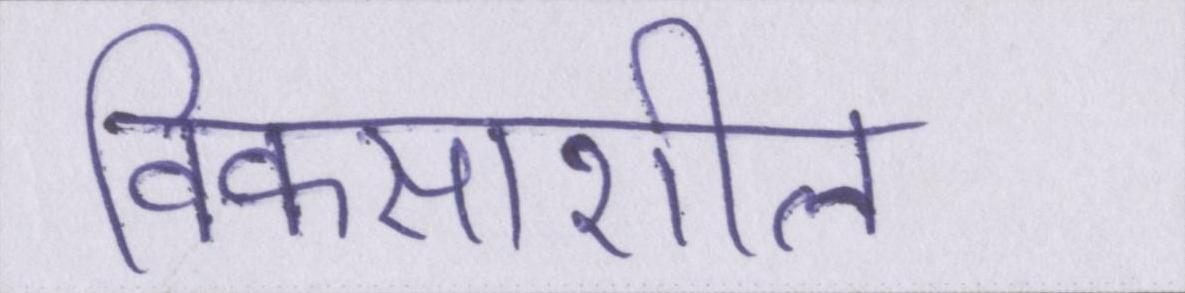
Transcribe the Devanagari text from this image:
विकसाशील